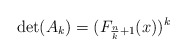
\begin{align*}\det (A_{k})=(F_{\frac{n}{k}+1}(x))^{k} \end{align*}